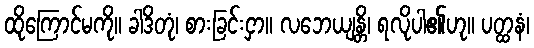
ထိုကြောင်မကို။ ခါဒိတုံ၊ စားခြင်းငှာ။ လဘေယျန္တိ၊ ရလိုပါ၏ဟု။ ပတ္ထနံ၊